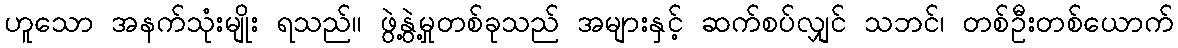
ဟူသော အနက်သုံးမျိုး ရသည်။ ဖွဲ့နွဲ့မှုတစ်ခုသည် အများနှင့် ဆက်စပ်လျှင် သဘင်၊ တစ်ဦးတစ်ယောက်